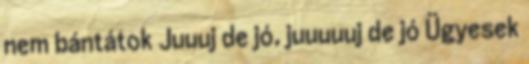
nem bántátok Juuuj de jó, juuuuuj de jó Ügyesek